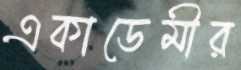
একাডেমীর